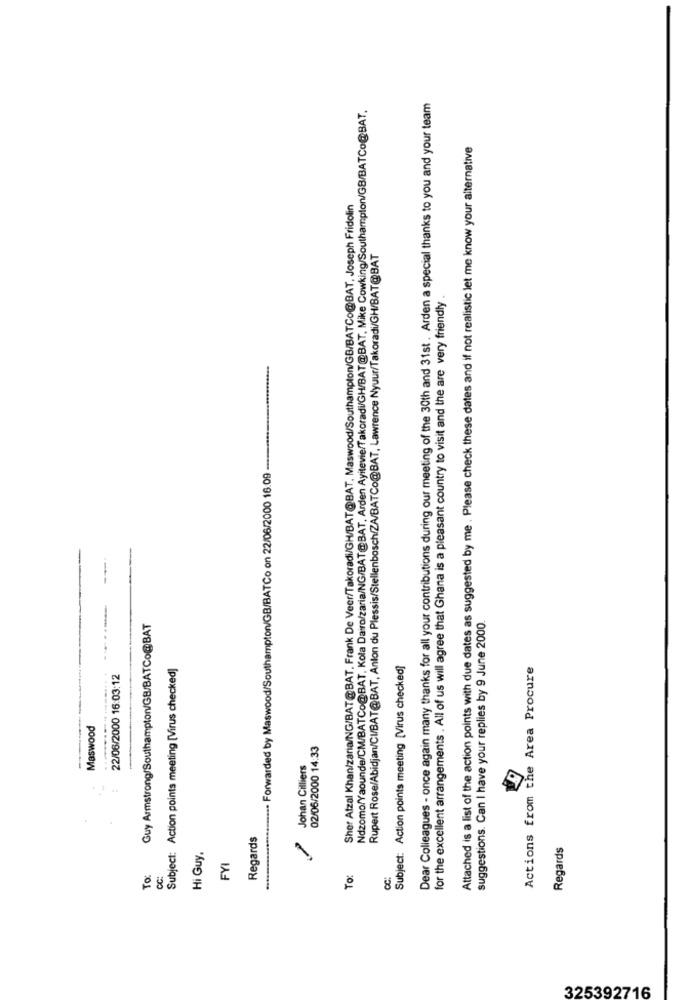
Ndzomo/Yaounde/CM/BATCo@BAT, Kola Dairo/zaria/NG/BAT@BAT, Arden Ayitevie/Takoradi/GH/BAT@BAT, Mike Cowking/Southampton/GB/BATCo@BAT.
Dear Colleagues - once again many thanks for all your contributions during our meeting of the 30th and 31st . Arden a special thanks to you and your team
Attached is a list of the action points with due dates as suggested by me . Please check these dates and if not realistic let me know your alternative
Sher Afzal Khan/zaria/NG/BAT@BAT. Frank De Veer/Takoradi/GH/BAT@BAT. Maswood/Southampton/GB/BATCo@BAT, Joseph Fridolin
Rupert Rose/Abidjan/CI/BAT@BAT, Anton du Plessis/Stellenbosch/ZA/BATCo@BAT, Lawrence Nyuur/Takoradi/GH/BAT@BAT
for the excellent arrangements . All of us will agree that Ghana is a pleasant country to visit and the are very friendly
... Forwarded by Maswood/Southampton/GB/BATCo on 22/06/2000 16.09 ----
Guy Armstrong/Southampton/GB/BATCo@BAT
suggestions. Can I have your replies by 9 June 2000.
Subject: Action points meeting [Virus checked]
Subject: Action points meeting [Virus checked]
Actions from the Area Procure
22/06/2000 16:03:12
Maswood
02/06/2000 14:33
Johan Cilliers
Regards
Regards
Hi Guy.
FYI
TO:
CC:
To:
CC:
325392716